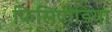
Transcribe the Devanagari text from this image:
फिसिपीडिया